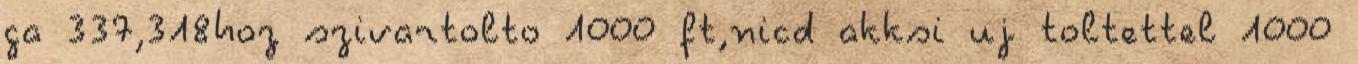
ga 337,318hoz szivartolto 1000 ft,nicd akksi uj toltettel 1000